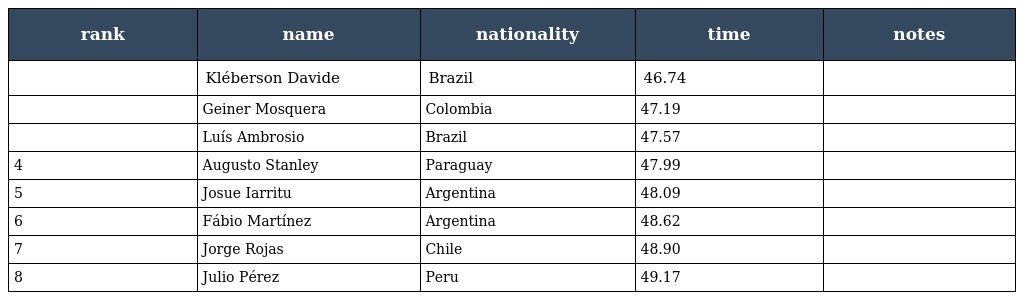
| rank | name | nationality | time | notes |
 | --- | --- | --- | --- | --- |
 |  | Kléberson Davide | Brazil | 46.74 |  |
 |  | Geiner Mosquera | Colombia | 47.19 |  |
 |  | Luís Ambrosio | Brazil | 47.57 |  |
 | 4 | Augusto Stanley | Paraguay | 47.99 |  |
 | 5 | Josue Iarritu | Argentina | 48.09 |  |
 | 6 | Fábio Martínez | Argentina | 48.62 |  |
 | 7 | Jorge Rojas | Chile | 48.90 |  |
 | 8 | Julio Pérez | Peru | 49.17 |  |